Madras plague regulations and rules for the city of Madras
Disease focus: Plague
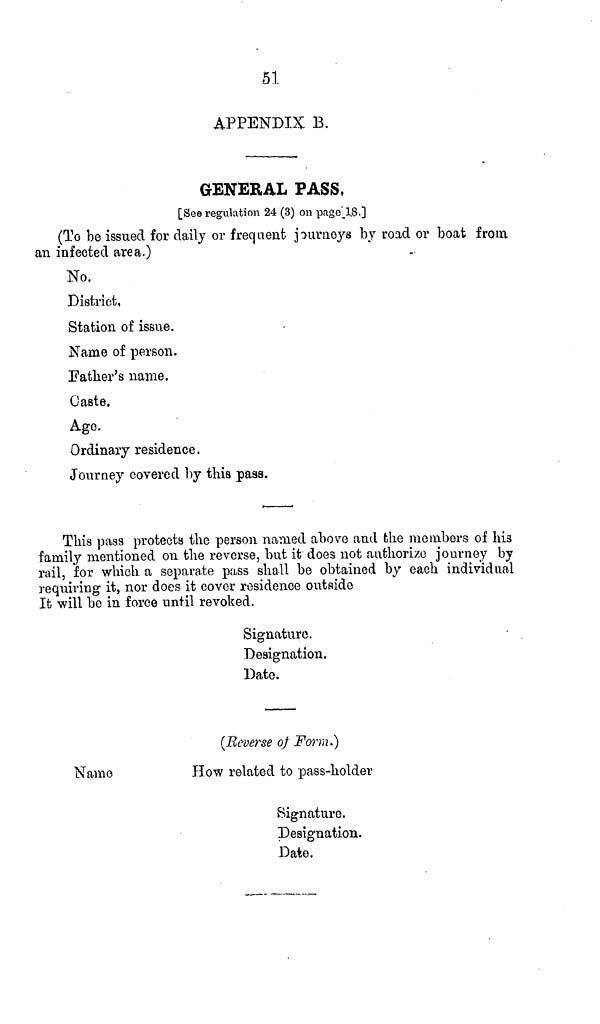
51
APPENDIX B.
GENERAL FASS,
[See regulation 24 (3) on page 18.]
(To be issued for daily or frequent journeys by road or boat from
an infected area.)
No,
District,
Station of issue.
Name of person.
Father's name.
Caste.
Age.
Ordinary residence.
Journey covered by this pass.
This pass protects the person named above and the members of his
family mentioned on the reverse, but it does not authorize journey by
rail, for which a separate pass shall be obtained by each individual
requiring it, nor does it cover residence outside
It will be in force until revoked.
Signature.
Designation.
Date.
(Reverse of Form.)
Name
How related to pass-holder
Signature.
Designation.
Date.